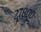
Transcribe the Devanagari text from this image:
२७८००